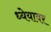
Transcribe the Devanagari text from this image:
ध्येयावर